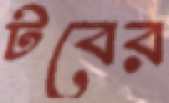
টবের